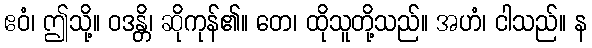
ဧဝံ၊ ဤသို့။ ဝဒန္တိ၊ ဆိုကုန်၏။ တေ၊ ထိုသူတို့သည်။ အဟံ၊ ငါသည်။ န